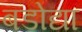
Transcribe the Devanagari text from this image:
बडोद्या